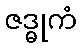
ဇဒ္ဓုကံ